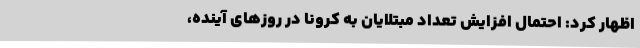
اظهار کرد: احتمال افزایش تعداد مبتلایان به کرونا در روزهای آینده،